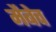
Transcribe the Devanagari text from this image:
मैबेच